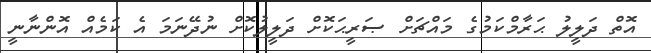
އޮތް ދަލީލު ޙަރާމްކަމުގެ މައްޗަށް ޞަރީޙަކޮށް ދަލީލުކޮށް ނުދޭނަމަ އެ ކަމެއް އޮންނާނީ